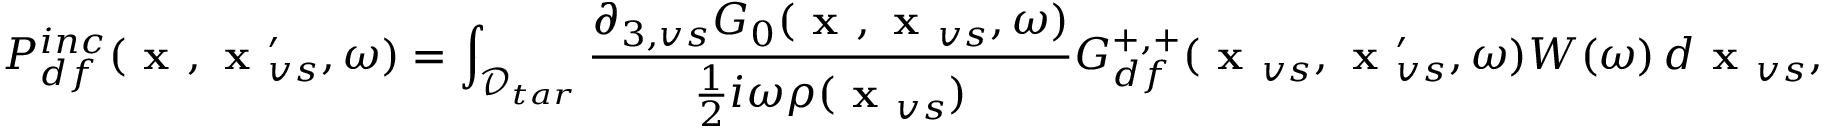
P _ { d f } ^ { i n c } ( \textbf { x } , \textbf { x } _ { v s } ^ { \prime } , \omega ) = \int _ { \mathcal { D } _ { t a r } } \frac { \partial _ { 3 , v s } G _ { 0 } ( \textbf { x } , \textbf { x } _ { v s } , \omega ) } { \frac { 1 } { 2 } i \omega \rho ( \textbf { x } _ { v s } ) } G _ { d f } ^ { + , + } ( \textbf { x } _ { v s } , \textbf { x } _ { v s } ^ { \prime } , \omega ) W ( \omega ) \, d \textbf { x } _ { v s } ,